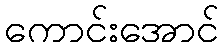
ကောင်းအောင်